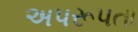
અપરૂપતા